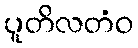
ပူတိလတံဝ